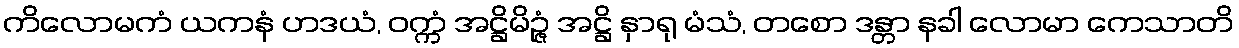
ကိလောမကံ ယကနံ ဟဒယံ, ဝက္ကံ အဋ္ဌိမိဉ္ဇံ အဋ္ဌိ နှာရု မံသံ, တစော ဒန္တာ နခါ လောမာ ကေသာတိ